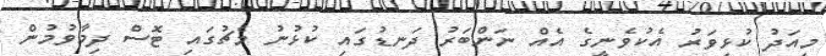
މިއަދު ކުޅިވަރު އެކުވެނީގެ އެއް ނަންބަރު ދަނޑުގައި ކުޅުނު މެޗުގައި ޓޮސް ދިމާވުމުން